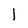
Character: 1